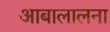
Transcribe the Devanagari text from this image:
आबालालना